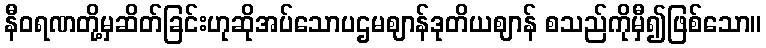
နီဝရဏတို့မှဆိတ်ခြင်းဟုဆိုအပ်သောပဌမဈာန်ဒုတိယဈာန် စသည်ကိုမှီ၍ဖြစ်သော။